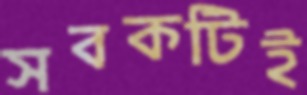
সবকটিই